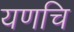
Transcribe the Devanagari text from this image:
यणचि